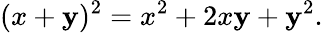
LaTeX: (x+\mathbf{y})^{2}=x^{2}+2x\mathbf{y}+\mathbf{y}^{2}.